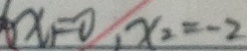
x _ { 1 } = 0 , x _ { 2 } = - 2